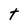
Character: t